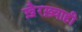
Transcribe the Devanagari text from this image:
ख़ैरख़्वाही